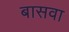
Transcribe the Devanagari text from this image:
बासवा